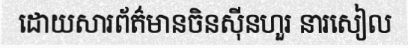
ដោយសារព័ត៌មានចិនស៊ីនហួរ នារសៀល